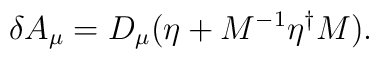
\delta A_\mu = D_\mu (\eta + M^{-1} \eta^\dagger M).